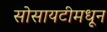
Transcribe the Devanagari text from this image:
सोसायटीमधून